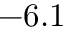
- 6 . 1